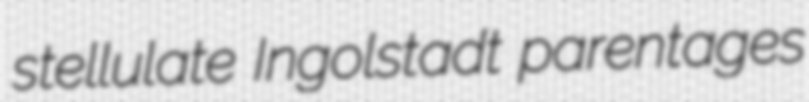
stellulate Ingolstadt parentages